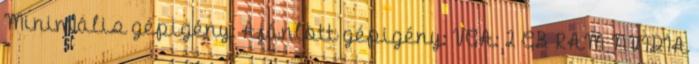
Minimális gépigény: Ajánlott gépigény: VGA: 2 GB RAM NVIDIA